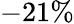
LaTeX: -21\%